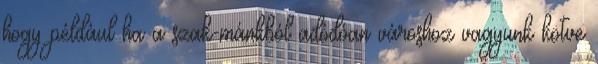
hogy például ha a szak-mánkból adódóan városhoz vagyunk kötve